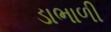
ડાભાળી